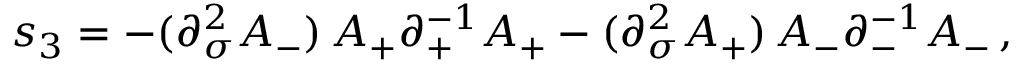
s _ { 3 } = - ( \partial _ { \sigma } ^ { 2 } A _ { - } ) \, A _ { + } \partial _ { + } ^ { - 1 } A _ { + } - ( \partial _ { \sigma } ^ { 2 } A _ { + } ) \, A _ { - } \partial _ { - } ^ { - 1 } A _ { - } \, ,